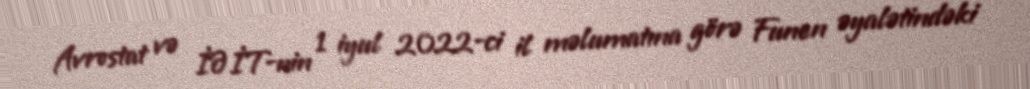
Avrostat və İƏİT-nin 1 iyul 2022-ci il məlumatına görə Funen əyalətindəki